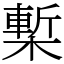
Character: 槧